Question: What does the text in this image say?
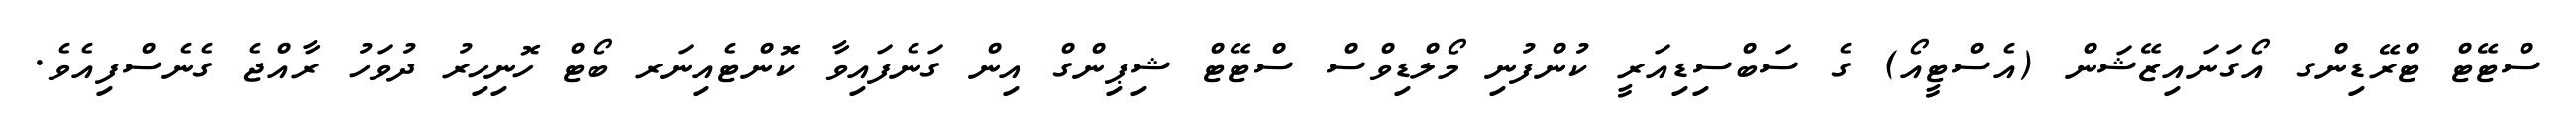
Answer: ސްޓޭޓް ޓްރޭޑިންގ އޯގަނައިޒޭޝަން (އެސްޓީއޯ) ގެ ސަބްސިޑިއަރީ ކުންފުނި މޯލްޑިވްސް ސްޓޭޓް ޝިޕިންގް އިން ގަނެފައިވާ ކޮންޓެއިނަރ ބޯޓް ހޮނިހިރު ދުވަހު ރާއްޖެ ގެނެސްފިއެވެ.